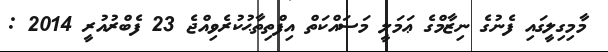
މާމިގިލީގައި ފެނުގެ ނިޒާމްގެ ޢަމަލީ މަސައްކަތް އިފްތިތާޙުކުރެވިއްޖެ 23 ފެބްރުއުރީ 2014 :